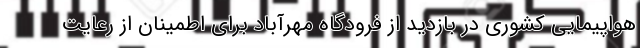
هواپیمایی کشوری در بازدید از فرودگاه مهرآباد برای اطمینان از رعایت